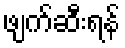
ဖျက်ဆီးရန်